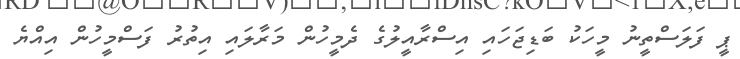
ޕީ ފަލަސްތީނު މީހަކު ބަޑިޖަހައި އިސްރާއީލުގެ ދެމީހުން މަރާލައި އިތުރު ފަސްމީހުން އިއްޔެ